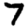
Digit: 7